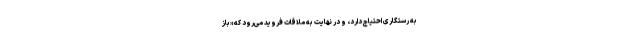
به رستگاری احتیاج دارد، و در نهایت به ملاقات فروید می‌رود که «باز